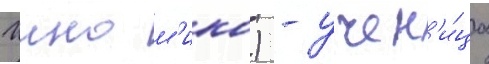
Иино м'ико) - учен'и́ца